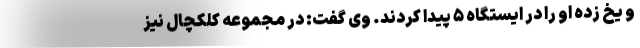
و یخ زده او را در ایستگاه ۵ پیدا کردند. وی گفت: در مجموعه کلکچال نیز